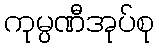
ကုမ္ပဏီအုပ်စု